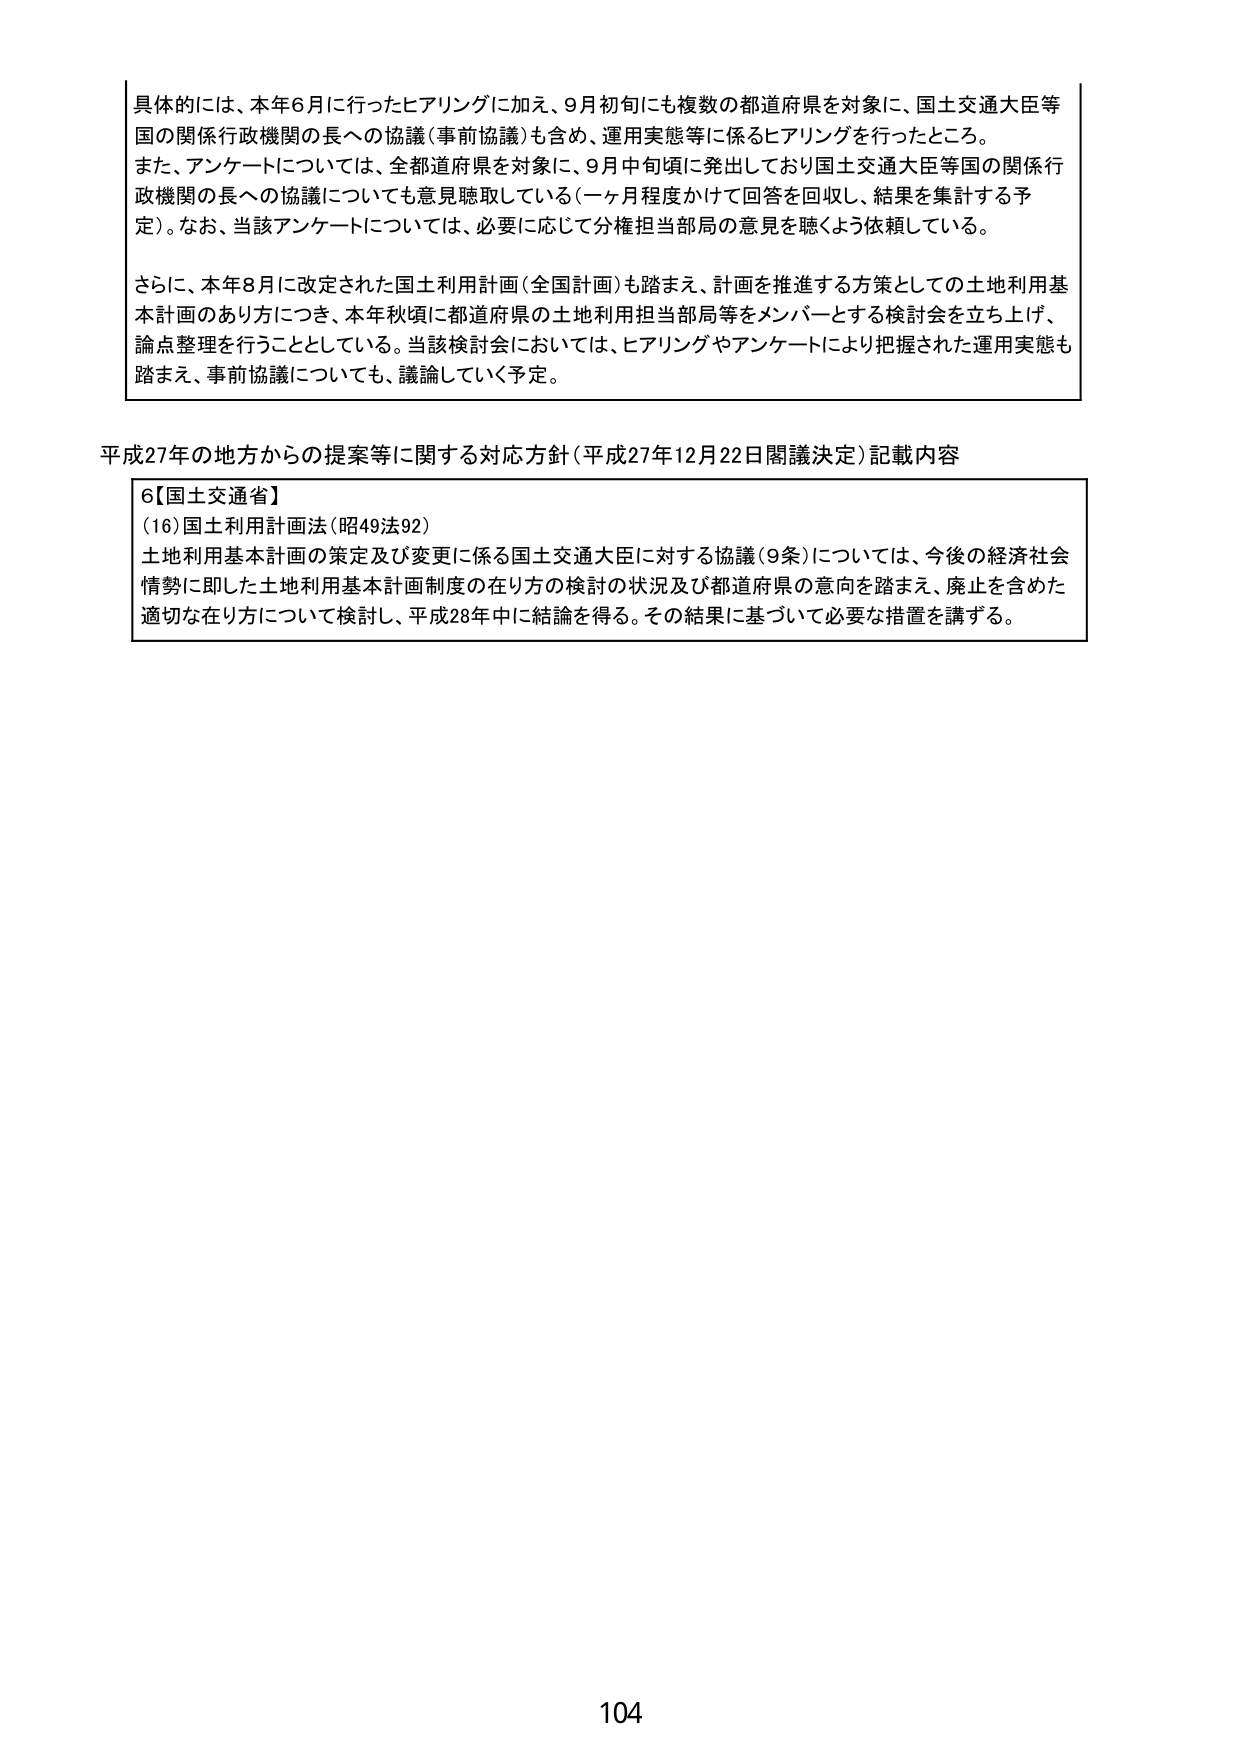
具体的には、本年6月に行ったヒアリングに加え、9月初旬にも複数の都道府県を対象に、国土交通大臣等国の関係行政機関の長への協議（事前協議）も含め、運用実態等に係るヒアリングを行ったところ。
また、アンケートについては、全都道府県を対象に、9月中旬頃に発出しており国土交通大臣等国の関係行政機関の長への協議についても意見聴取している（一ヶ月程度かけて回答を回収し、結果を集計する予定）。なお、当該アンケートについては、必要に応じて分権担当部局の意見を聴くよう依頼している。

さらに、本年8月に改定された国土利用計画（全国計画）も踏まえ、計画を推進する方策としての土地利用基本計画のあり方につき、本年秋頃に都道府県の土地利用担当部局等をメンバーとする検討会を立ち上げ、論点整理を行うこととしている。当該検討会においては、ヒアリングやアンケートにより把握された運用実態も踏まえ、事前協議についても、議論していく予定。

平成27年の地方からの提案等に関する対応方針（平成27年12月22日閣議決定）記載内容

6【国土交通省】
(16) 国土利用計画法（昭49法92）
土地利用基本計画の策定及び変更に係る国土交通大臣に対する協議（9条）については、今後の経済社会情勢に即した土地利用基本計画制度の在り方の検討の状況及び都道府県の意向を踏まえ、廃止を含めた適切な在り方について検討し、平成28年中に結論を得る。その結果に基づいて必要な措置を講ずる。

104